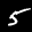
Label: 5